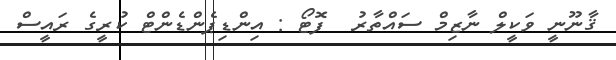
ޤާނޫނީ ވަކީލް ނާޒިމް ސައްތާރު  ފޮޓޯ : އިންޑިޕެންޑެންޓް ކުރީގެ ރައީސް